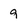
Character: 9